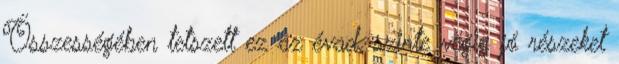
Összességében tetszett ez az évad, szinte végig jó részeket